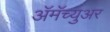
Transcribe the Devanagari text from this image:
ॲमॅच्युअर